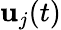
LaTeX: \mathbf{u}_{j}(t)